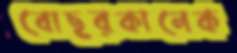
বোছরকানেক